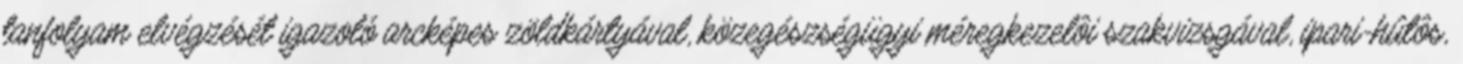
tanfolyam elvégzését igazoló arcképes zöldkártyával, közegészségügyi méregkezelôi szakvizsgával, ipari-hûtôs,